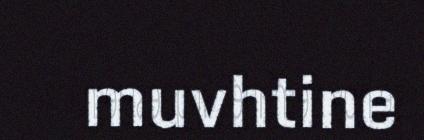
muvhtine